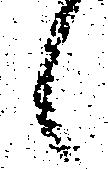
候